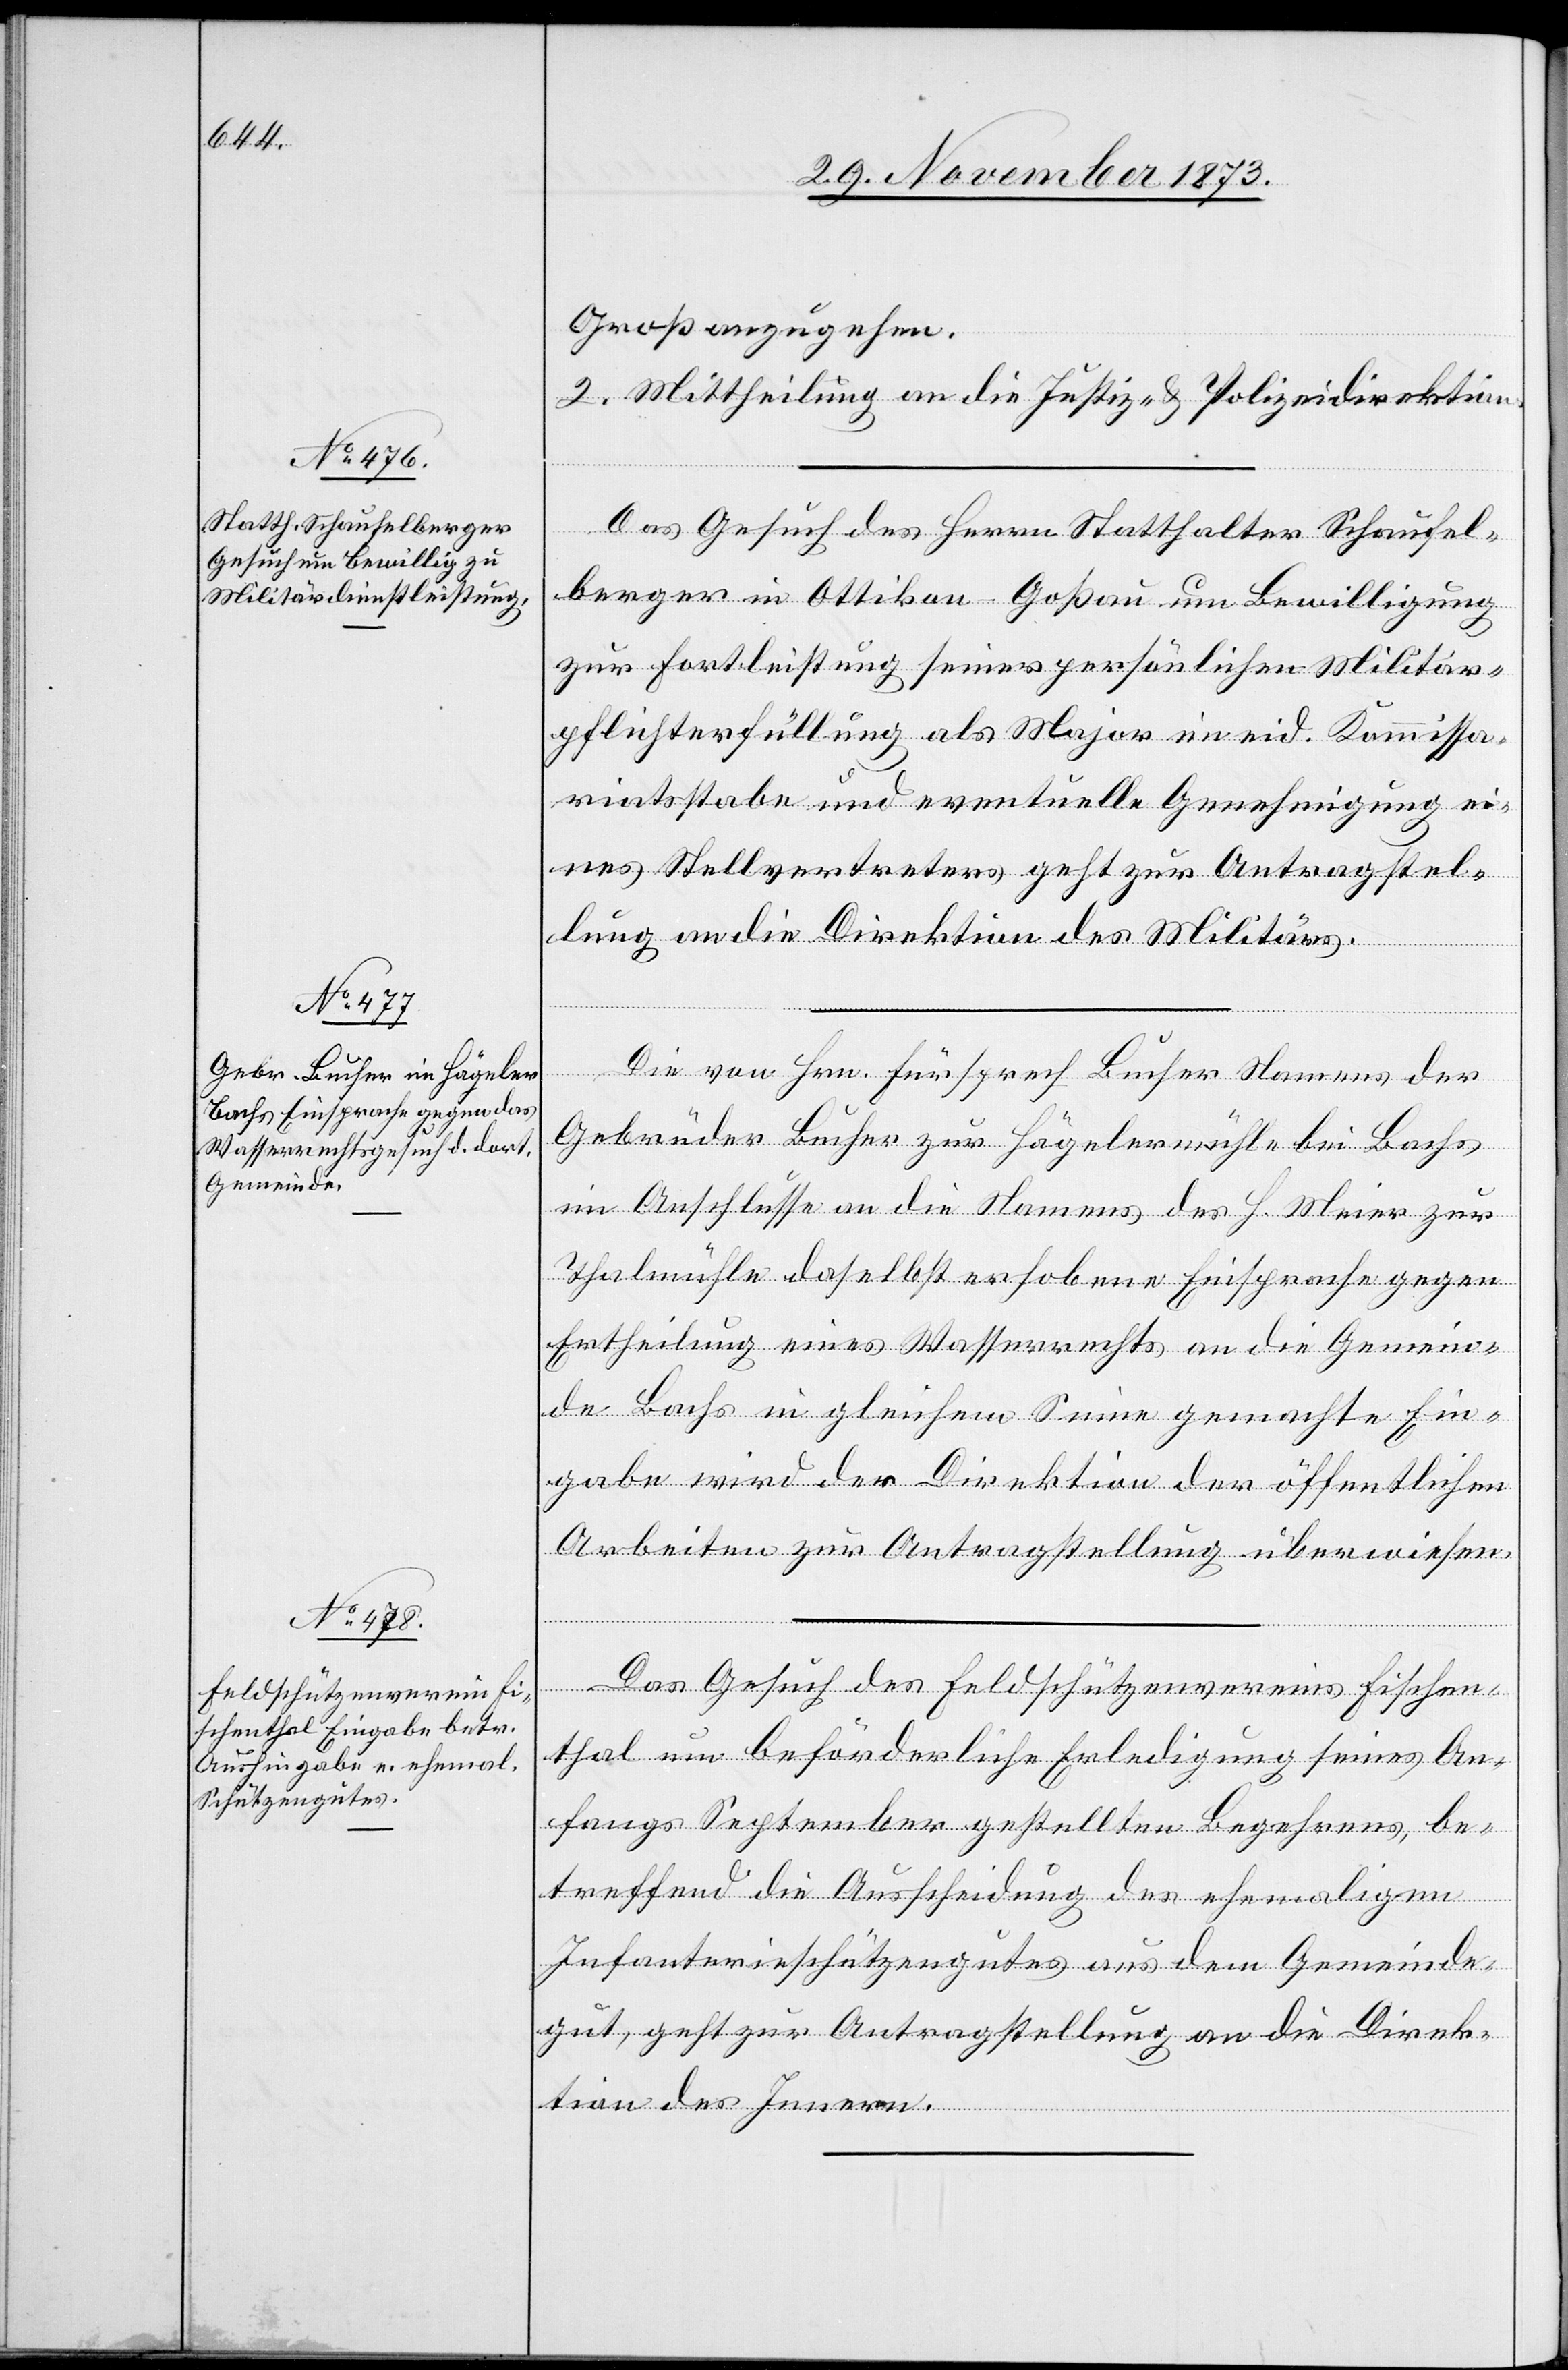
2. December 1873.]
Groß anzugehen.
2. Mittheilung an die Justiz- & Polizeidirektion.
Das Gesuch des Herrn Statthalter Schaufel¬
berger in Ottikon - Goßau um Bewilligung
zur Fortleistung seiner persönlichen Militär¬
pflichterfüllung als Major im eid. Kommissa¬
riatsstabe und eventuelle Genehmigung ei¬
nes Stellvertreters geht zur Antragstel¬
lung an die Direktion des Militärs.
Die von Hrn. Fürsprech Bucher Namens der
Gebrüder Bucher zur Hägelermühle bei Bachs
im Anschlusse an die Namens des H. Meier zur
Thalmühle daselbst erhobene Einsprache gegen
Ertheilung eines Wasserrechts an die Gemein¬
de Bachs in gleichem Sinne gemachte Ein¬
gabe wird der Direktion der öffentlichen
Arbeiten zur Antragstellung überwiesen.
Das Gesuch des Feldschützenvereins Fischen¬
thal um beförderliche Erledigung seines An¬
fangs September gestellten Begehrens, be¬
treffend die Ausscheidung des ehemaligen
Infanterieschützengutes aus dem Gemeinde¬
gut, geht zur Antragstellung an die Direk¬
tion des Innern.